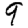
Digit: 9